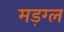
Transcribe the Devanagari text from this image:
मड़ग्ल